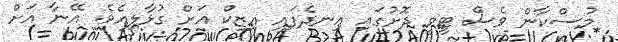
މުސްކާން ވެސް ޓީވީ ދޮށުގައި އިނދެފައި އިޒިކް އަށް ގުޅާލިއެވެ. އޭނާ އަށް